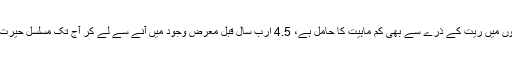
ہمارا سیارہ جو کائنات کی وسعتوں میں ریت کے ذرے سے بھی کم ماہیت کا حامل ہے، 4.5 ارب سال قبل معرض وجود میں آنے سے لے کر آج تک مسلسل حیرت انگیز تبدیلوں سے گزر رہا ہے۔